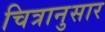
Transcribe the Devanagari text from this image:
चित्रानुसार